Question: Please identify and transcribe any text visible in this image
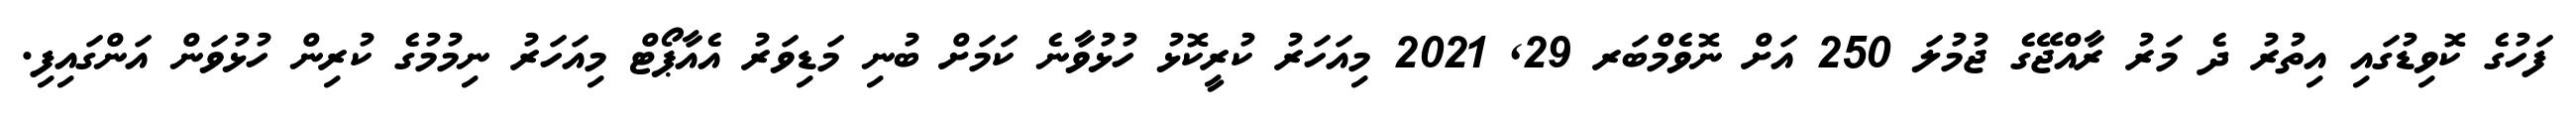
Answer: ފަހުގެ ކޮވިޑުގައި އިތުރު ދެ މަރު ރާއްޖޭގެ ޖުމުލަ 250 އަށް ނޮވެމްބަރ 29, 2021 މިއަހަރު ކުރީކޮޅު ހުޅުވާނެ ކަމަށް ބުނި މަޑިވަރު އެއާޕޯޓް މިއަހަރު ނިމުމުގެ ކުރިން ހުޅުވަން އަންގައިފި.